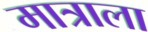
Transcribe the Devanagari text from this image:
मात्राला